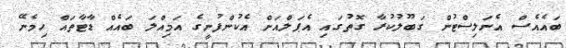
ބައެއެސް އެނަލިސްޓުން ގަބޫލުކުރާ ގޮތުގައި އެޕަލްއަށް އެކުންފުނީގެ އަމިއްލަ ބައެއް ޑާޓާތައް ހިމެނޭ